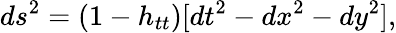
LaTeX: ds^{2}=(1-h_{tt})[dt^{2}-dx^{2}-dy^{2}],